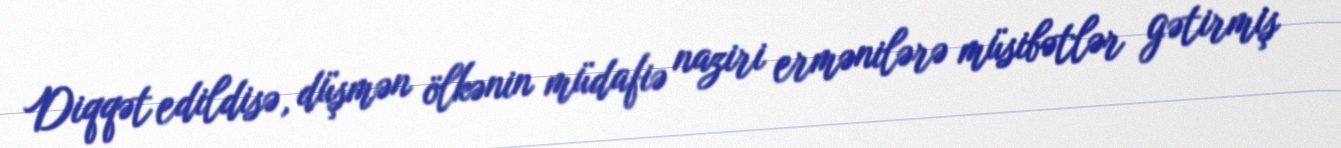
Diqqət edildisə, düşmən ölkənin müdafiə naziri ermənilərə müsibətlər gətirmiş